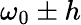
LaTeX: \omega_{0}\pm h